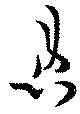
患